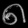
Digit: ၈